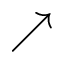
\nearrow